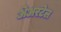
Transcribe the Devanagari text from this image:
अेअरटेल